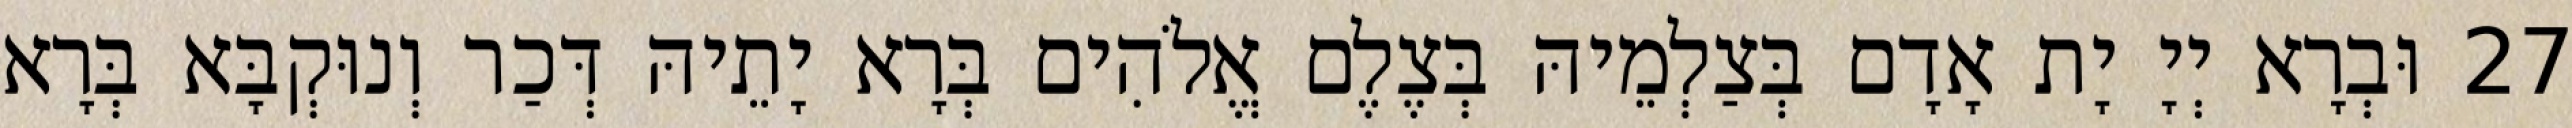
27 וּבְרָא יְיָ יָת אָדָם בְּצַלְמֵיהּ בְּצֶלֶם אֱלֹהִים בְּרָא יָתֵיהּ דְּכַר וְנוּקְבָּא בְּרָא